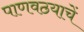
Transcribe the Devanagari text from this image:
पाणवठयाचें